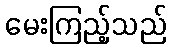
မေးကြည့်သည်